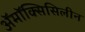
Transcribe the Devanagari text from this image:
अॅमॉक्सिसिलीन